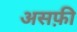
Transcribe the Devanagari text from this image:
असफ़ी